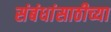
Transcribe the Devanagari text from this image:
संबंधांसाठीच्या